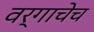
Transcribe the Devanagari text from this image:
वर्गाचेच